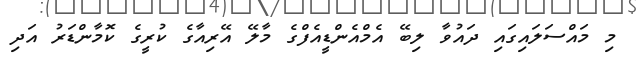
މި މައްސަލައިގައި ދައުވާ ލިބޭ އެމްއެންޑީއެފްގެ މާލޭ އޭރިއާގެ ކުރީގެ ކޮމާންޑަރު އަދި